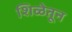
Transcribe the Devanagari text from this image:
शिळेतून